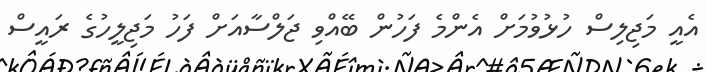
އެއީ މަޖިލިސް ހުޅުވުމަށް އެންމެ ފަހުން ބޭއްވި ޖަލްސާއަށް ފަހު މަޖިލީހުގެ ރައީސް